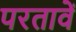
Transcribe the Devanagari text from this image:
परतावें